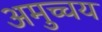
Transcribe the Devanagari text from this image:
अमुच्चय